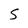
Character: S